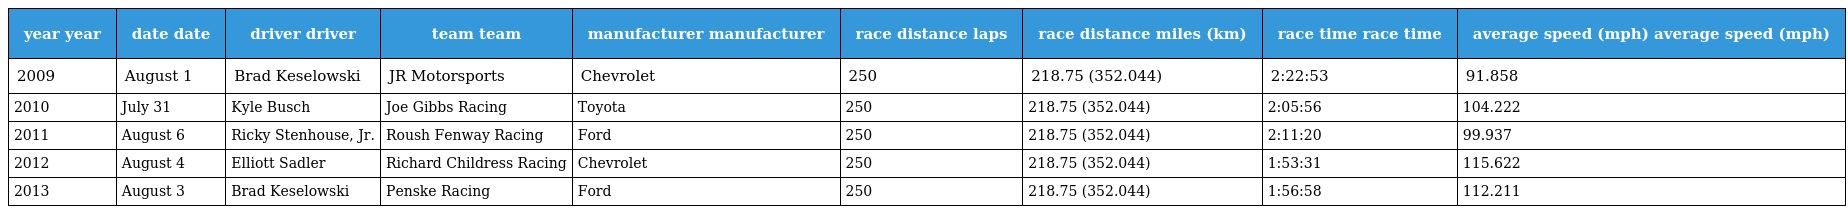
| year year | date date | driver driver | team team | manufacturer manufacturer | race distance laps | race distance miles (km) | race time race time | average speed (mph) average speed (mph) |
 | --- | --- | --- | --- | --- | --- | --- | --- | --- |
 | 2009 | August 1 | Brad Keselowski | JR Motorsports | Chevrolet | 250 | 218.75 (352.044) | 2:22:53 | 91.858 |
 | 2010 | July 31 | Kyle Busch | Joe Gibbs Racing | Toyota | 250 | 218.75 (352.044) | 2:05:56 | 104.222 |
 | 2011 | August 6 | Ricky Stenhouse, Jr. | Roush Fenway Racing | Ford | 250 | 218.75 (352.044) | 2:11:20 | 99.937 |
 | 2012 | August 4 | Elliott Sadler | Richard Childress Racing | Chevrolet | 250 | 218.75 (352.044) | 1:53:31 | 115.622 |
 | 2013 | August 3 | Brad Keselowski | Penske Racing | Ford | 250 | 218.75 (352.044) | 1:56:58 | 112.211 |